Leprosy in India: report of the Leprosy Commission in India, 1890-91
Year: 1890
Disease focus: Leprosy
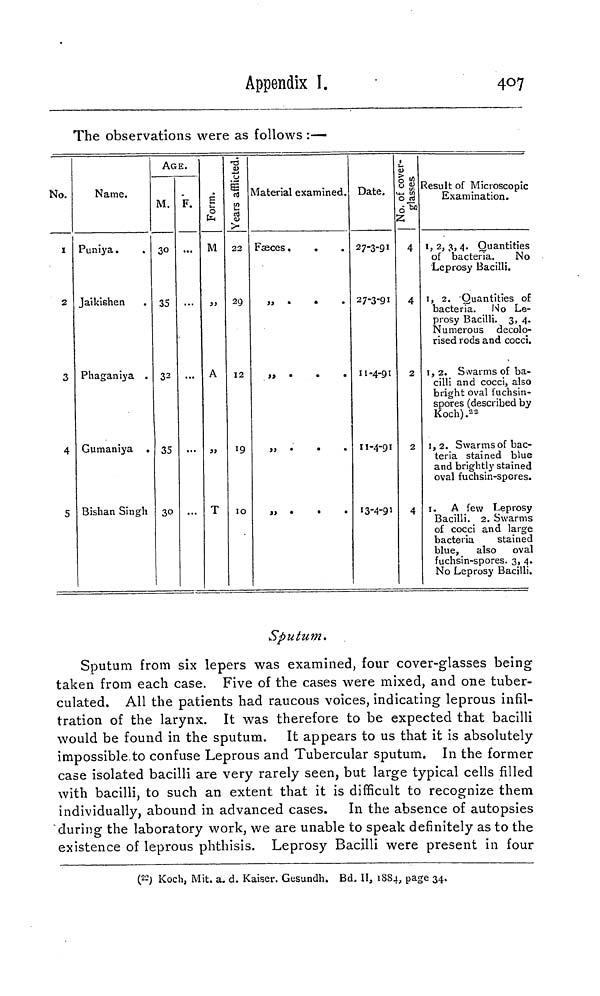
Appendix I.
407
The observations were as follows :—
No.
1
2
3
4
5
Name.
Puniya .
Jaikishen
Phaganiya .
Gumaniya .
Bishan Singh
AGE.
M. F.
30
35
33
35
3°.
..
...
...
M
»
A
»
T
22
29
12
19
10
Material examined.
Fæces .
.
» •
•
«
,,.
•
•
,, •
•
«
,, •
•
•
Date.
27-3-91
27-3-91
11-4-91
11-4-91
13-4-91
4
4
2
2
4
Result of Microscopic
Examination.
1, 2, 3, 4. Quantities
of bacteria.
No
Leprosy Bacilli.
1, 2. Quantities of
bacteria. No Le-
prosy Bacilli, 3, 4.
Numerous decolo-
rised rods and cocci.
1, 2. Swarms of ba-
cilli and cocci, also
bright oval fuchsin-
spores (described by
Koch) . 22
1,2. Swarms of bac-
teria stained blue
and brightly stained
oval fuchsin-spores.
1. A few Leprosy
Bacilli. 2. Swarms
of cocci and large
bacteria
stained
blue,
also oval
fuchsin-spores. 3, 4.
No Leprosy Bacilli.
Sputum.
Sputum from six lepers was examined, four cover-glasses being
taken from each case. Five of the cases were mixed, and one tuber-
culated. All the patients had raucous voices, indicating leprous infil-
tration of the larynx. It was therefore to be expected that bacilli
would be found in the sputum. It appears to us that it is absolutely
impossible to confuse Leprous and Tubercular sputum. In the former
case isolated bacilli are very rarely seen, but large typical cells filled
with bacilli, to such an extent that it is difficult to recognize them
individually, abound in advanced cases. In the absence of autopsies
during the laboratory work, we are unable to speak definitely as to the
existence of leprous phthisis. Leprosy Bacilli were present in four
( 22 ) Koch, Mit. a. d. Kaiser. Gesundh, Bd, II, 1884, page 34.